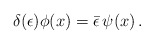
\begin{align*}\delta (\epsilon )\phi(x) =\bar \epsilon\, \psi (x)\,. \end{align*}